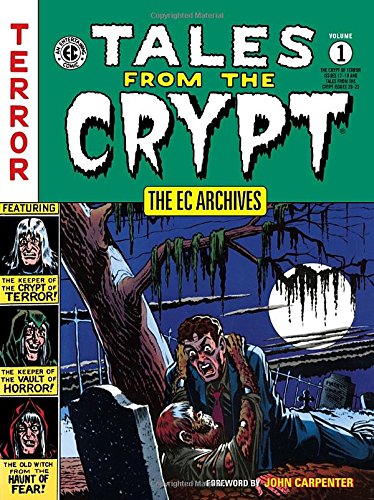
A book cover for The EC Archives: Tales from the Crypt Volume 1; Various; Comics & Graphic Novels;